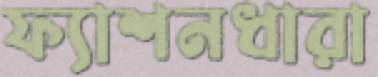
ফ্যাশনধারা